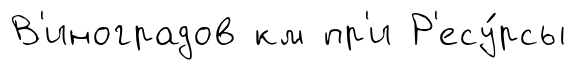
В'иноградов км пр'и Р'есу́рсы